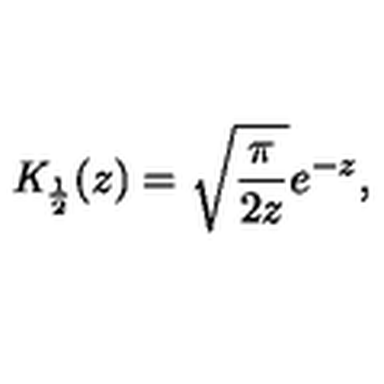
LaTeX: { \mathit { K } } _ { \frac { 1 } { 2 } } ( z ) = \sqrt { \frac { \pi } { 2 z } } e ^ { - z } ,